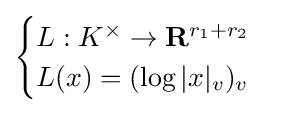
{\begin{cases}L:K^{\times }\to \mathbf {R} ^{r_{1}+r_{2}}\\L(x)=(\log |x|_{v})_{v}\end{cases}}